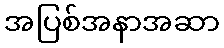
အပြစ်အနာအဆာ